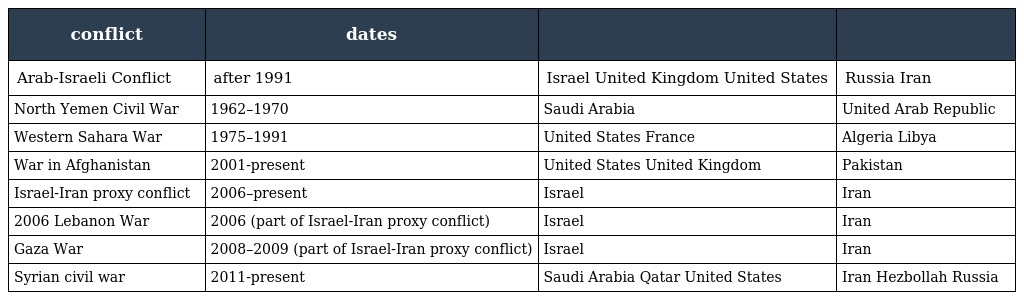
| conflict | dates |  |  |
 | --- | --- | --- | --- |
 | Arab-Israeli Conflict | after 1991 | Israel United Kingdom United States | Russia Iran |
 | North Yemen Civil War | 1962–1970 | Saudi Arabia | United Arab Republic |
 | Western Sahara War | 1975–1991 | United States France | Algeria Libya |
 | War in Afghanistan | 2001-present | United States United Kingdom | Pakistan |
 | Israel-Iran proxy conflict | 2006–present | Israel | Iran |
 | 2006 Lebanon War | 2006 (part of Israel-Iran proxy conflict) | Israel | Iran |
 | Gaza War | 2008–2009 (part of Israel-Iran proxy conflict) | Israel | Iran |
 | Syrian civil war | 2011-present | Saudi Arabia Qatar United States | Iran Hezbollah Russia |